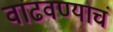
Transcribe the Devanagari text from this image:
वाढवण्याचं